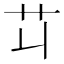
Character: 𦫶